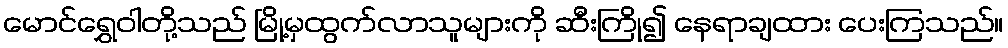
မောင်ရွှေဝါတို့သည် မြို့မှထွက်လာသူများကို ဆီးကြို၍ နေရာချထား ပေးကြသည်။